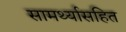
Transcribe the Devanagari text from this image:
सामर्थ्यासहित